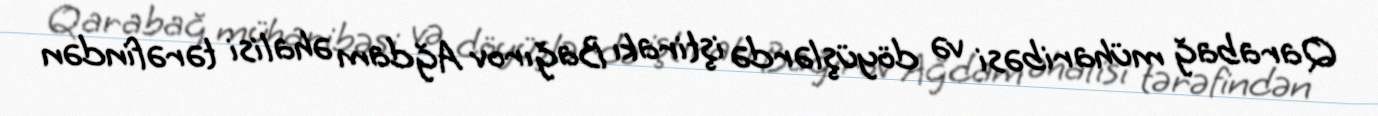
Qarabağ müharibəsi və döyüşlərdə iştirakı Bağırov Ağdam əhalisi tərəfindən